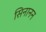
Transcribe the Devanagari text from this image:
सिनानन